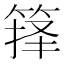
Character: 箨